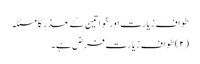
طوافِ زیارت اور خواتین کے عذر کا مسئلہ
(۲) طواف زیارت فرض ہے۔